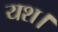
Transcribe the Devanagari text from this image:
यश।